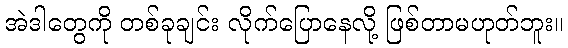
အဲဒါတွေကို တစ်ခုချင်း လိုက်ပြောနေလို့ ဖြစ်တာမဟုတ်ဘူး။